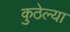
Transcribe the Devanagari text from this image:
कुठेल्या